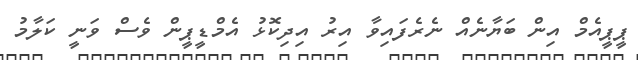
ޕީޕީއެމް އިން ބަޔާނެއް ނެރެފައިވާ އިރު އިދިކޮޅު އެމްޑީޕީން ވެސް ވަނީ ކަލާމު